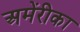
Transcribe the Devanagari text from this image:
अमेंरीका